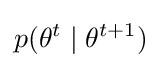
p(\theta ^{t}\mid \theta ^{t+1})